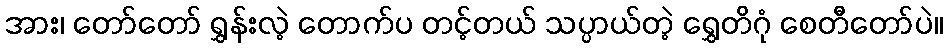
အား၊ တော်တော် ရွှန်းလဲ့ တောက်ပ တင့်တယ် သပ္ပာယ်တဲ့ ရွှေတိဂုံ စေတီတော်ပဲ။